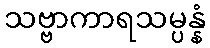
သဗ္ဗာကာရသမ္ပန္နံ